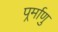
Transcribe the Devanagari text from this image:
पर्र्माणु